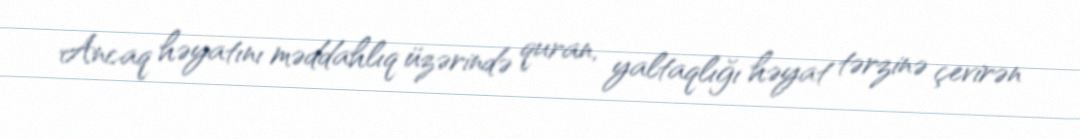
Ancaq həyatını məddahlıq üzərində quran, yaltaqlığı həyat tərzinə çevirən